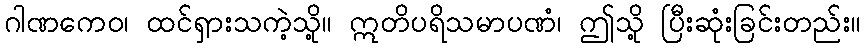
ဂါဏကေဝ၊ ထင်ရှားသကဲ့သို့။ ဣတိပရိသမာပဏံ၊ ဤသို့ ပြီးဆုံးခြင်းတည်း။